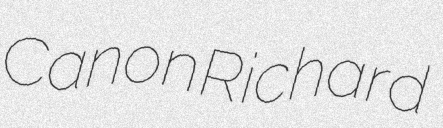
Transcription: Canon Richard